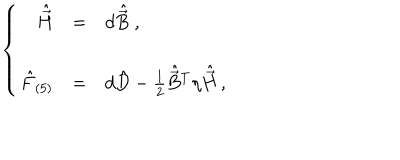
\left\{ \begin{array} { r c l } { { \hat { \vec { H } } } } & { { = } } & { { d \hat { \vec { B } } \; , } } \\ { { } } & { { } } & { { } } \\ { { \hat { F } _ { ( 5 ) } } } & { { = } } & { { d \hat { D } - { \textstyle \frac { 1 } { 2 } } \hat { \vec { B } } { } ^ { T } \eta \hat { \vec { H } } \, , } } \\ \end{array} \right.